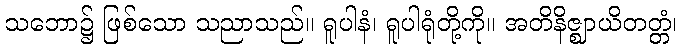
သဘော၌ ဖြစ်သော သညာသည်။ ရူပါနံ၊ ရူပါရုံတို့ကို။ အတိနိဇ္ဈာယိတတ္တံ၊